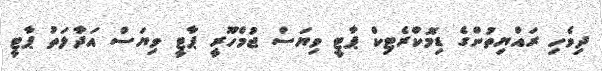
ދިވެހި ރައްޔިތުންގެ ޑިމޮކްރެޓިކް ޕާޓީ ވިޔަސް ޖުމްހޫރީ ޕާޓީ ވިޔަސް އަދާލަތު ޕާޓީ